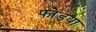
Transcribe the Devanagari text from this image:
फोडया